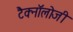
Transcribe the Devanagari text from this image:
टैक्नॉलोजी